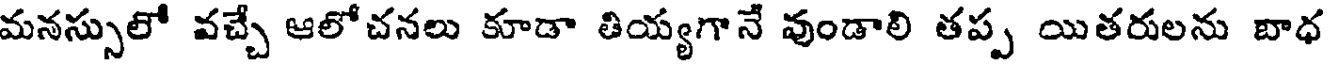
మనస్సులో వచ్చే ఆలోచనలు కూడా తియ్యగానే వుండాలి తప్ప యితరులను బాధ